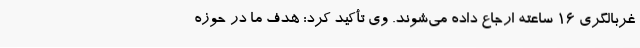
غربالگری 16 ساعته ارجاع داده می‌شوند. وی تأکید کرد: هدف ما در حوزه